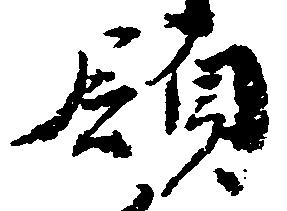
領